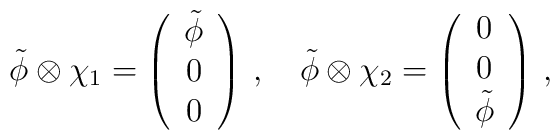
\tilde \phi \otimes \chi_1 = \left(\begin{array}{c}\tilde \phi \\0 \\0\end{array}\right) \, , \quad\tilde \phi \otimes \chi_2 = \left(\begin{array}{c}0 \\0 \\\tilde \phi \end{array}\right) \, ,